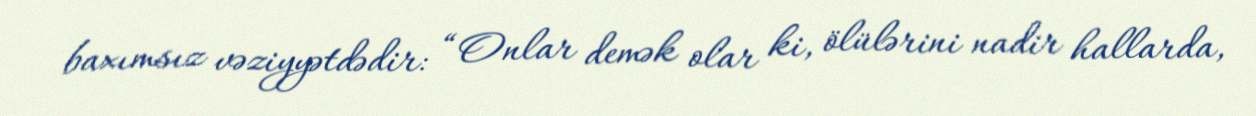
baxımsız vəziyyətdədir: “Onlar demək olar ki, ölülərini nadir hallarda,